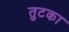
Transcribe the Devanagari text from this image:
तुटका